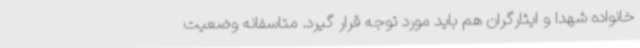
خانواده شهدا و ایثارگران هم باید مورد توجه قرار گیرد. متاسفانه وضعیت